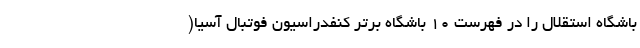
باشگاه استقلال را در فهرست ۱۰ باشگاه برتر کنفدراسیون فوتبال آسیا(